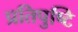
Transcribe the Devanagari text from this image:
प्रतिपुष्‍टि